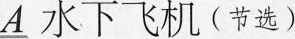
A水下飞机（节选）